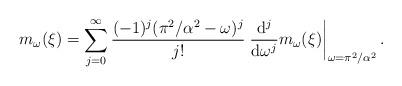
LaTeX: \begin{align*} m_\omega(\xi) = \sum_{j=0}^\infty \frac{(-1)^j (\pi^2/\alpha^2 - \omega)^j }{j!} \left. \frac{\mathrm{d}^j}{\mathrm{d} \omega^j} m_\omega (\xi) \right|_{\omega = \pi^2/\alpha^2} . \end{align*}